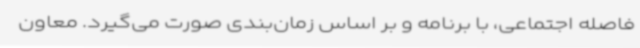
فاصله اجتماعی، با برنامه و بر اساس زمان‌بندی صورت می‌گیرد. معاون